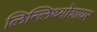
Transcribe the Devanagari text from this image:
लिन्लिथ्गोशायर